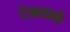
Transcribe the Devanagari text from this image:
टेबलाचे